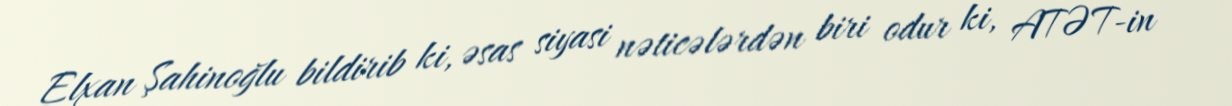
Elxan Şahinoğlu bildirib ki, əsas siyasi nəticələrdən biri odur ki, ATƏT-in